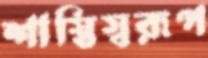
শাস্তিস্বরূপ